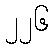
၂၂၆